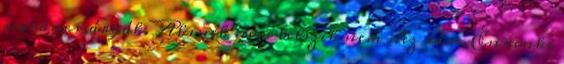
narancssárgák. Akinek nem tetszik nem néz rám. Én senki